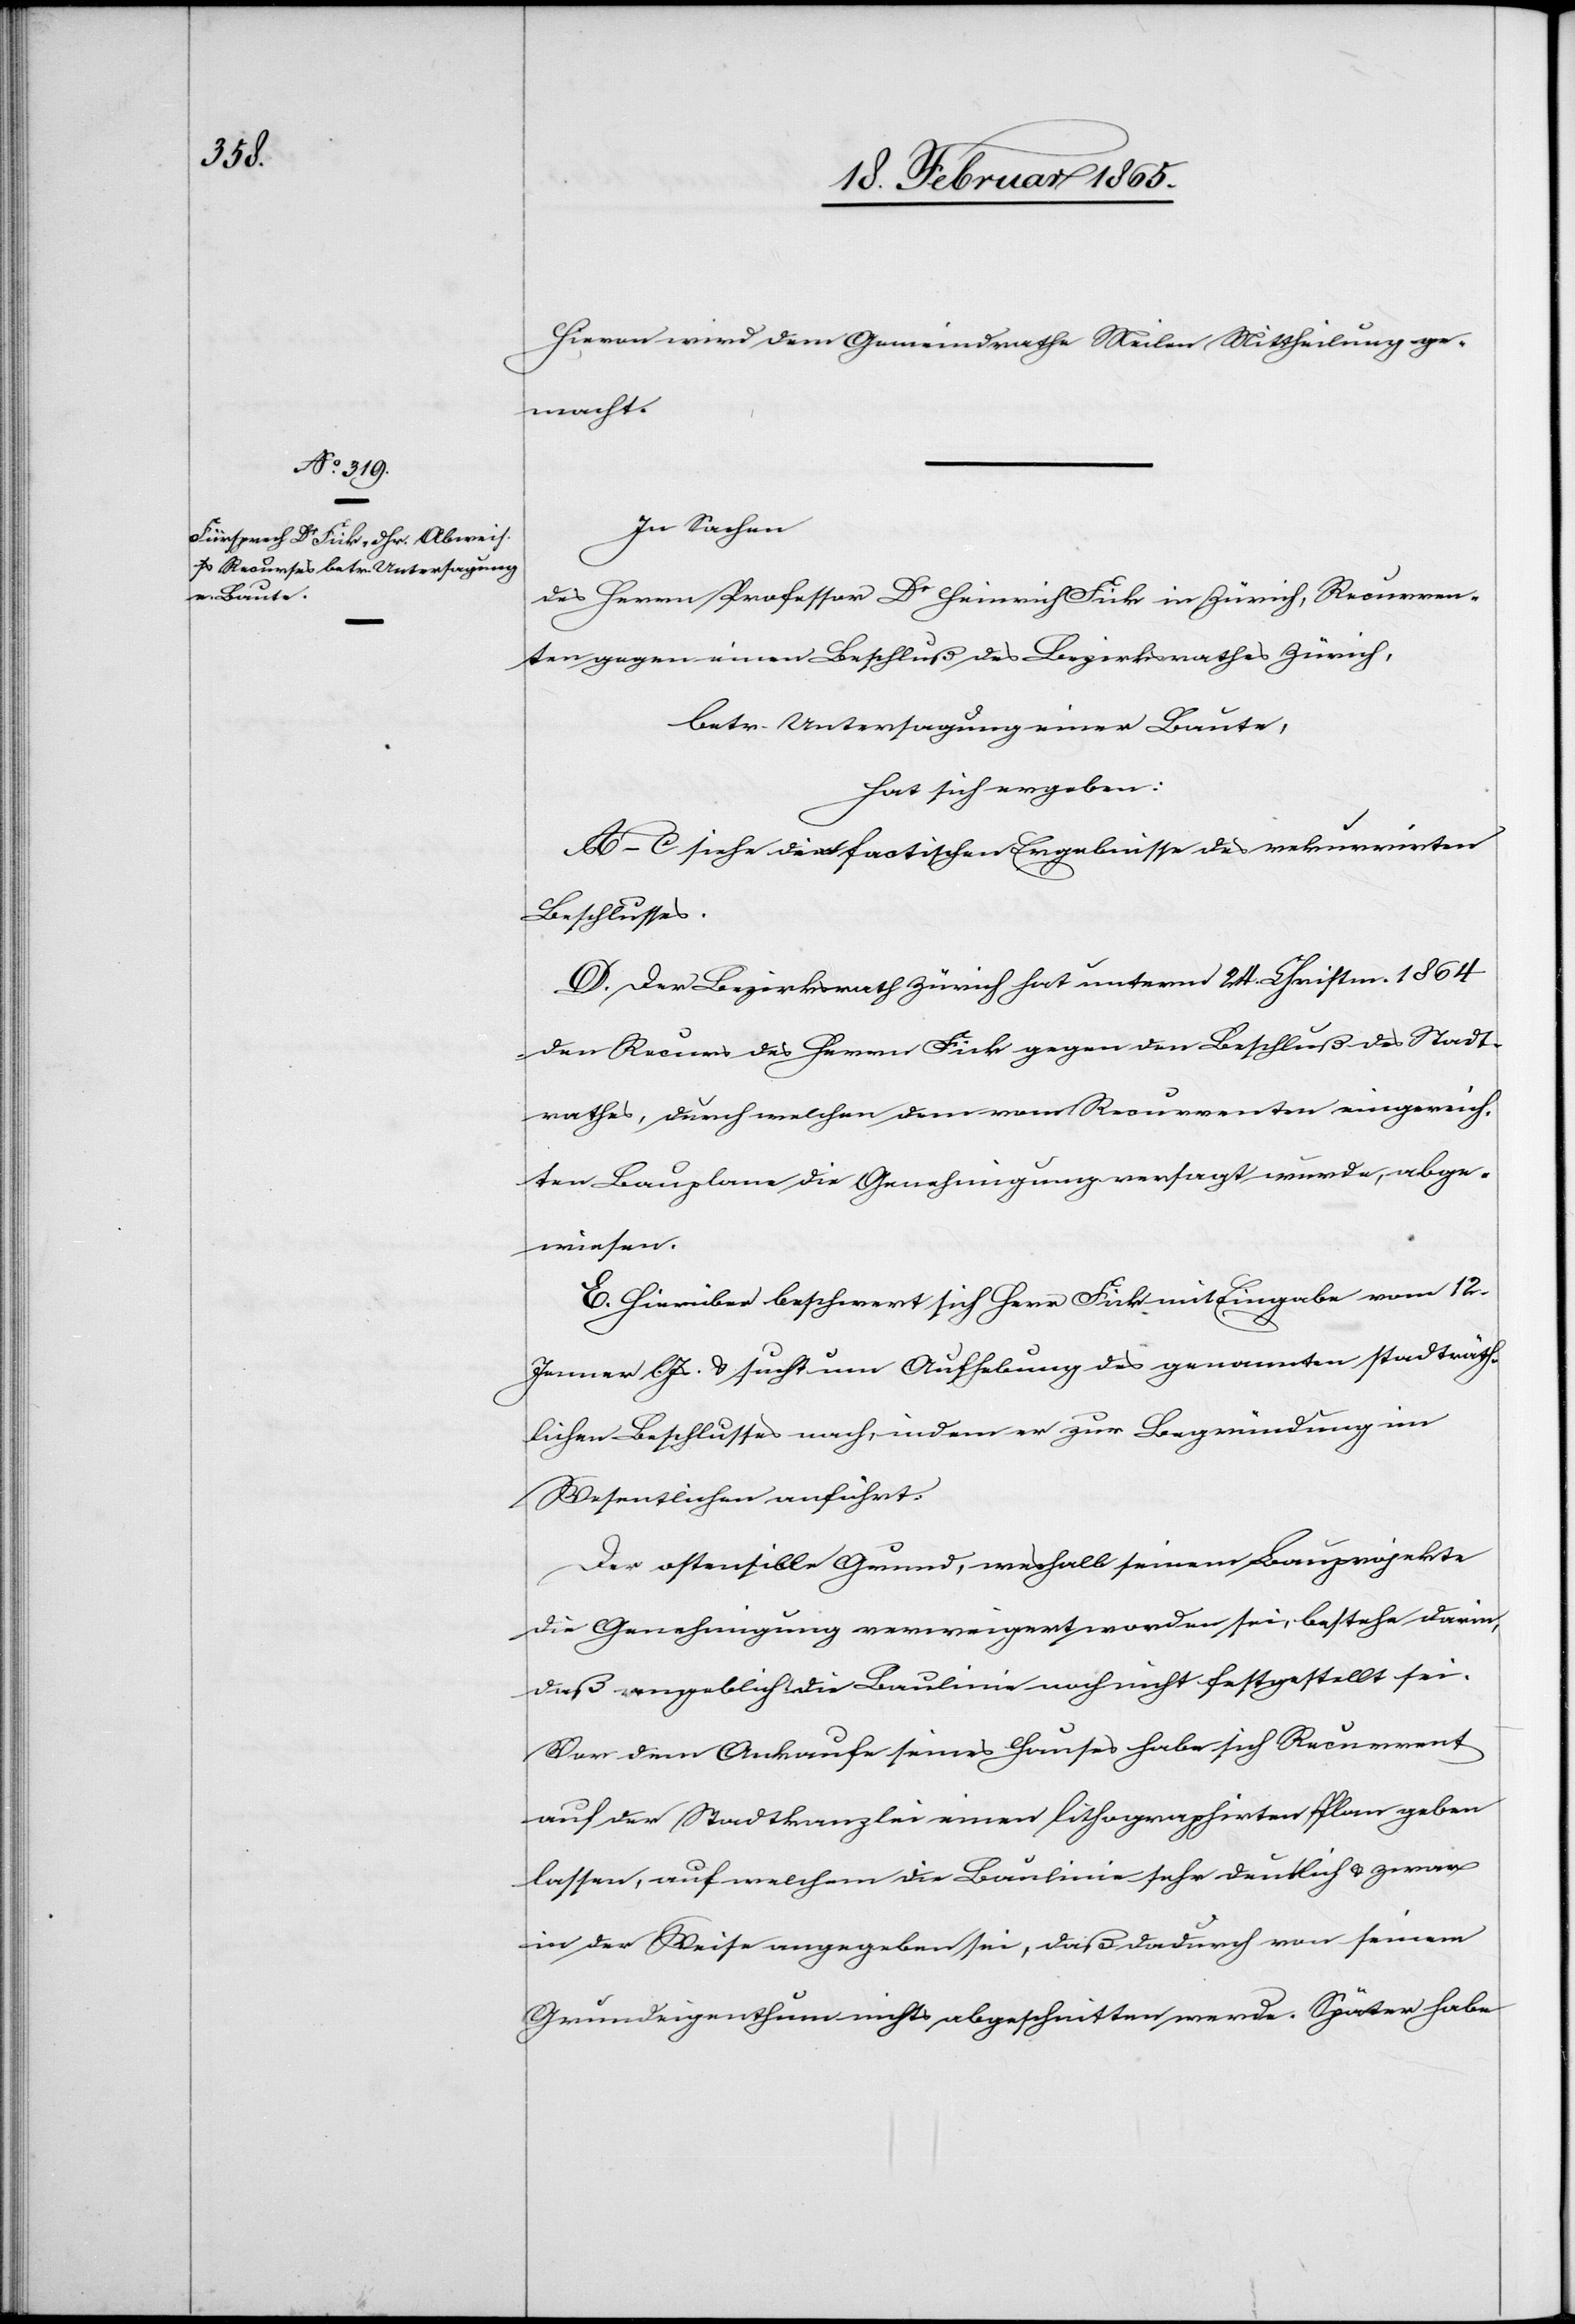
Hievon wird dem Gemeindrathe Meilen Mittheilung ge¬
macht.
In Sachen
des Herrn Professor Dr Heinrich Fick in Zürich, Recurren¬
ten gegen einen Beschluß des Bezirksrathes Zürich,
betr. Untersagung einer Baute,
hat sich ergeben:
A–C siehe die factischen Ergebnisse des rekurrirten
Beschlusses.
D. Der Bezirksrath Zürich hat unterm 24. Christm. 1864
den Recurs des Herrn Fick gegen den Beschluß des Stadt¬
rathes, durch welchen dem vom Recurrenten eingereich¬
ten Bauplane die Genehmigung versagt wurde, abge¬
wiesen.
E. Hierüber beschwert sich Herr Fick mit Eingabe vom 12.
Jenner l. Js u. sucht um Aufhebung des genannten stadträth¬
lichen Beschlusses nach, indem er zur Begründung im
Wesentlichen anführt:
Der ostensible Grund, weshalb seinem Bauprojekte
die Genehmigung verweigert worden sei, bestehe darin,
daß angeblich die Baulinie noch nicht festgestellt sei.
Vor dem Ankaufe seines Hauses habe sich Recurrent
auf der Stadtkanzlei einen lithographirten Plan geben
lassen, auf welchem die Baulinie sehr deutlich u. zwar
in der Weise angegeben sei, daß dadurch von seinem
Grundeigenthum nichts abgeschnitten werde. Später habe